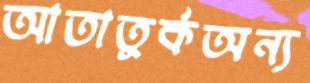
আতাতুর্কঅন্য